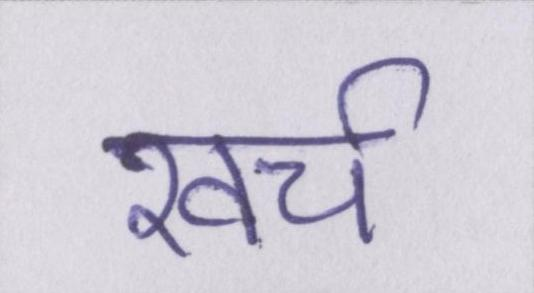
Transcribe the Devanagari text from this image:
खच॔